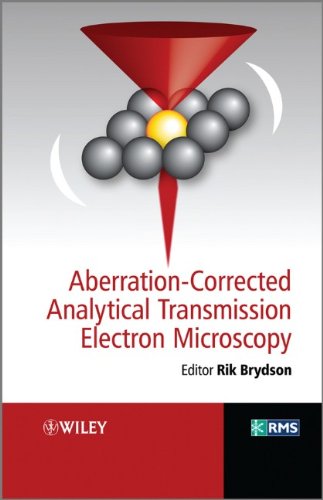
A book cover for Aberration-Corrected Analytical Transmission Electron Microscopy; Science & Math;